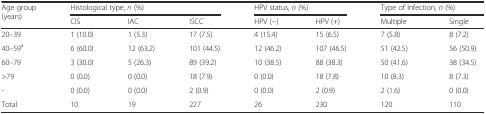
<table><thead><tr><td rowspan="2"><b>Age group (years)</b></td><td colspan="3"><b>Histological type, <i>n</i> (%)</b></td><td colspan="2"><b>HPV status, <i>n</i> (%)</b></td><td colspan="2"><b>Type of Infection, <i>n</i> (%)</b></td></tr><tr><td><b>CIS</b></td><td><b>IAC</b></td><td><b>ISCC</b></td><td><b>HPV (−)</b></td><td><b>HPV (+)</b></td><td><b>Multiple</b></td><td><b>Single</b></td></tr></thead><tbody><tr><td>20–39</td><td>1 (10.0)</td><td>1 (5.3)</td><td>17 (7.5)</td><td>4 (15.4)</td><td>15 (6.5)</td><td>7 (5.8)</td><td>8 (7.2)</td></tr><tr><td>40–59<sup>a</sup></td><td>6 (60.0)</td><td>12 (63.2)</td><td>101 (44.5)</td><td>12 (46.2)</td><td>107 (46.5)</td><td>51 (42.5)</td><td>56 (50.9)</td></tr><tr><td>60–79</td><td>3 (30.0)</td><td>5 (26.3)</td><td>89 (39.2)</td><td>10 (38.5)</td><td>88 (38.3)</td><td>50 (41.6)</td><td>38 (34.5)</td></tr><tr><td>&gt;79</td><td>0 (0.0)</td><td>0 (0.0)</td><td>18 (7.9)</td><td>0 (0.0)</td><td>18 (7.8)</td><td>10 (8.3)</td><td>8 (7.3)</td></tr><tr><td>-</td><td>0 (0.0)</td><td>0 (0.0)</td><td>2 (0.9)</td><td>0 (0.0)</td><td>2 (0.9)</td><td>2 (1.6)</td><td>0 (0.0)</td></tr><tr><td>Total</td><td>10</td><td>19</td><td>227</td><td>26</td><td>230</td><td>120</td><td>110</td></tr></tbody></table>